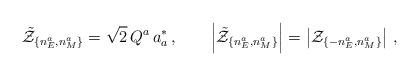
LaTeX: \begin{align*}\tilde{\cal Z}_{\{n^{a}_{E},n_{M}^a\}} = \sqrt{2}\,Q^a\, a_a^*\,,\qquad\left|\tilde{\cal Z}_{\{n^{a}_{E},n_{M}^a\}}\right|=\left|{\cal Z}_{\{-n^{a}_{E},n_{M}^a\}}\right|\,, \end{align*}